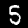
Label: 5